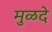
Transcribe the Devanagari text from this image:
मुळदे